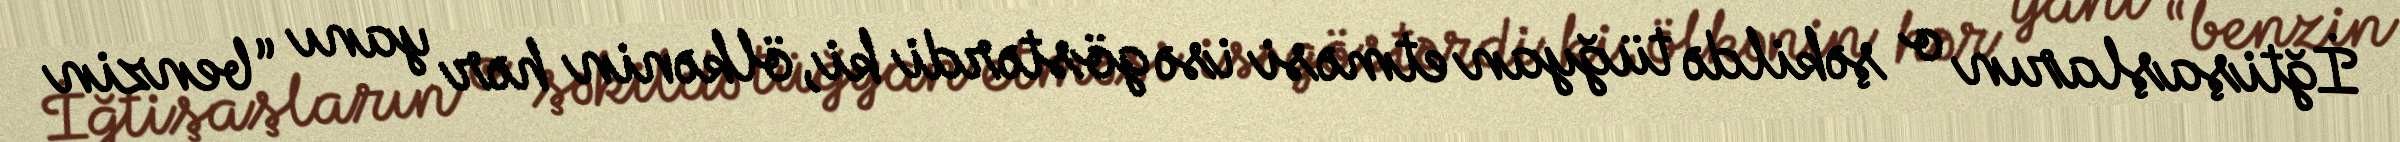
İğtişaşların o şəkildə tüğyan etməsi isə göstərdi ki, ölkənin hər yanı “benzin